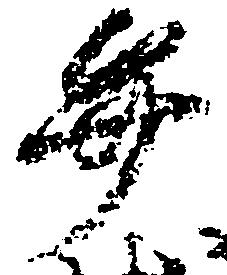
弁